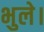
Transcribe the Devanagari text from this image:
भुले।